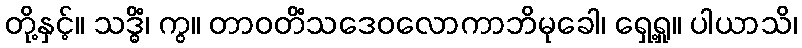
တို့နှင့်။ သဒ္ဓိံ၊ ကွ။ တာဝတိံသဒေဝလောကာဘိမုခေါ၊ ရှေ့ရှု။ ပါယာသိ၊